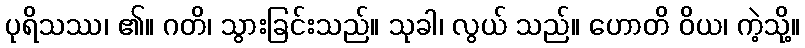
ပုရိသဿ၊ ၏။ ဂတိ၊ သွားခြင်းသည်။ သုခါ၊ လွယ် သည်။ ဟောတိ ဝိယ၊ ကဲ့သို့။